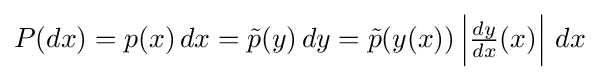
P(dx)=p(x)\,dx={\tilde {p}}(y)\,dy={\tilde {p}}(y(x))\left|{\tfrac {dy}{dx}}(x)\right|\,dx